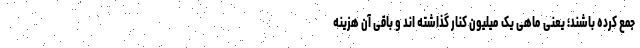
جمع کرده باشند؛ یعنی ماهی یک میلیون کنار گذاشته اند و باقی آن هزینه